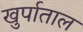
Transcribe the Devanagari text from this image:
खुर्पाताल